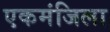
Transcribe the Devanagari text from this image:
एकमंजिला